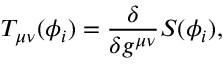
T _ { \mu \nu } ( \phi _ { i } ) = \frac { \delta } { \delta g ^ { \mu \nu } } S ( \phi _ { i } ) ,